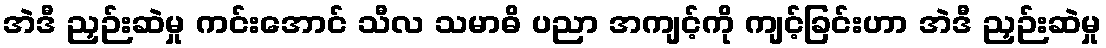
အဲဒီ ညှဉ်းဆဲမှု ကင်းအောင် သီလ သမာဓိ ပညာ အကျင့်ကို ကျင့်ခြင်းဟာ အဲဒီ ညှဉ်းဆဲမှု